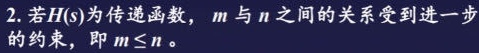
2. 若$H(s)$为传递函数，$m$与$n$之间的关系受到进一步的约束，即$m\leq n$。